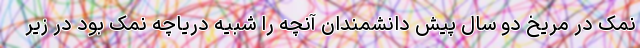
نمک در مریخ دو سال پیش دانشمندان آنچه را شبیه دریاچه نمک بود در زیر